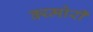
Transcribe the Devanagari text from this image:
क्य्मोरी